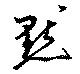
黙